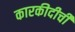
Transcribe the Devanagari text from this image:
कारकीदीर्ची